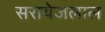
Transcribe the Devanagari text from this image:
सरायेजलाल